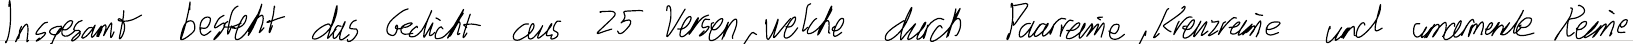
Insgesamt besteht das Gedicht aus 25 Versen, welche durch Paarreime, Kreuzreime und umarmende Reime